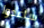
ساعدوا